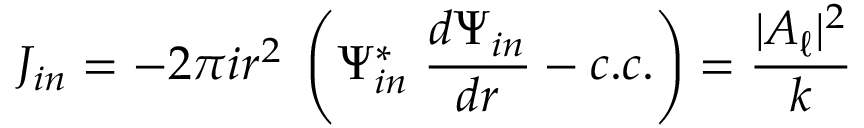
J _ { i n } = - 2 \pi i r ^ { 2 } \; \left( \Psi _ { i n } ^ { \ast } \; { \frac { d \Psi _ { i n } } { d r } } - c . c . \right) = { \frac { | A _ { \ell } | ^ { 2 } } { k } }